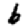
Digit: 6